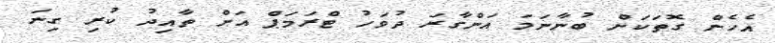
އެހެން ގޮތަކަށް ބުނާނަމަ އަންގާރަ ދުވަހު ޓްރަމަޕް އަށް ތާއިދު ކުރި ގިނަ